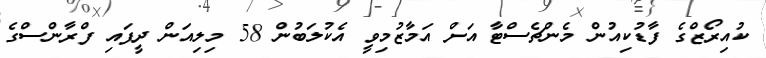
ކުއިރޯޒްގެ ފާޑުކިއުން މެންޗެސްޓާ އަށް އަމާޒުމިވީ އެކުލަބުން 58 މިލިއަން ދީފައި ފްރާންސްގެ